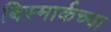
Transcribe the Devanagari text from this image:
बिस्मार्कच्या